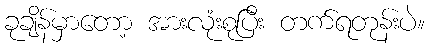
ခုချိန်မှာတော့ အားလုံးစုပြီး တက်ရတုန်းပဲ။